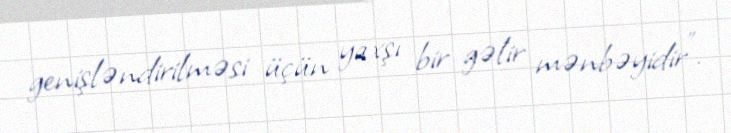
genişləndirilməsi üçün yaxşı bir gəlir mənbəyidir".